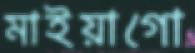
মাইয়াগো